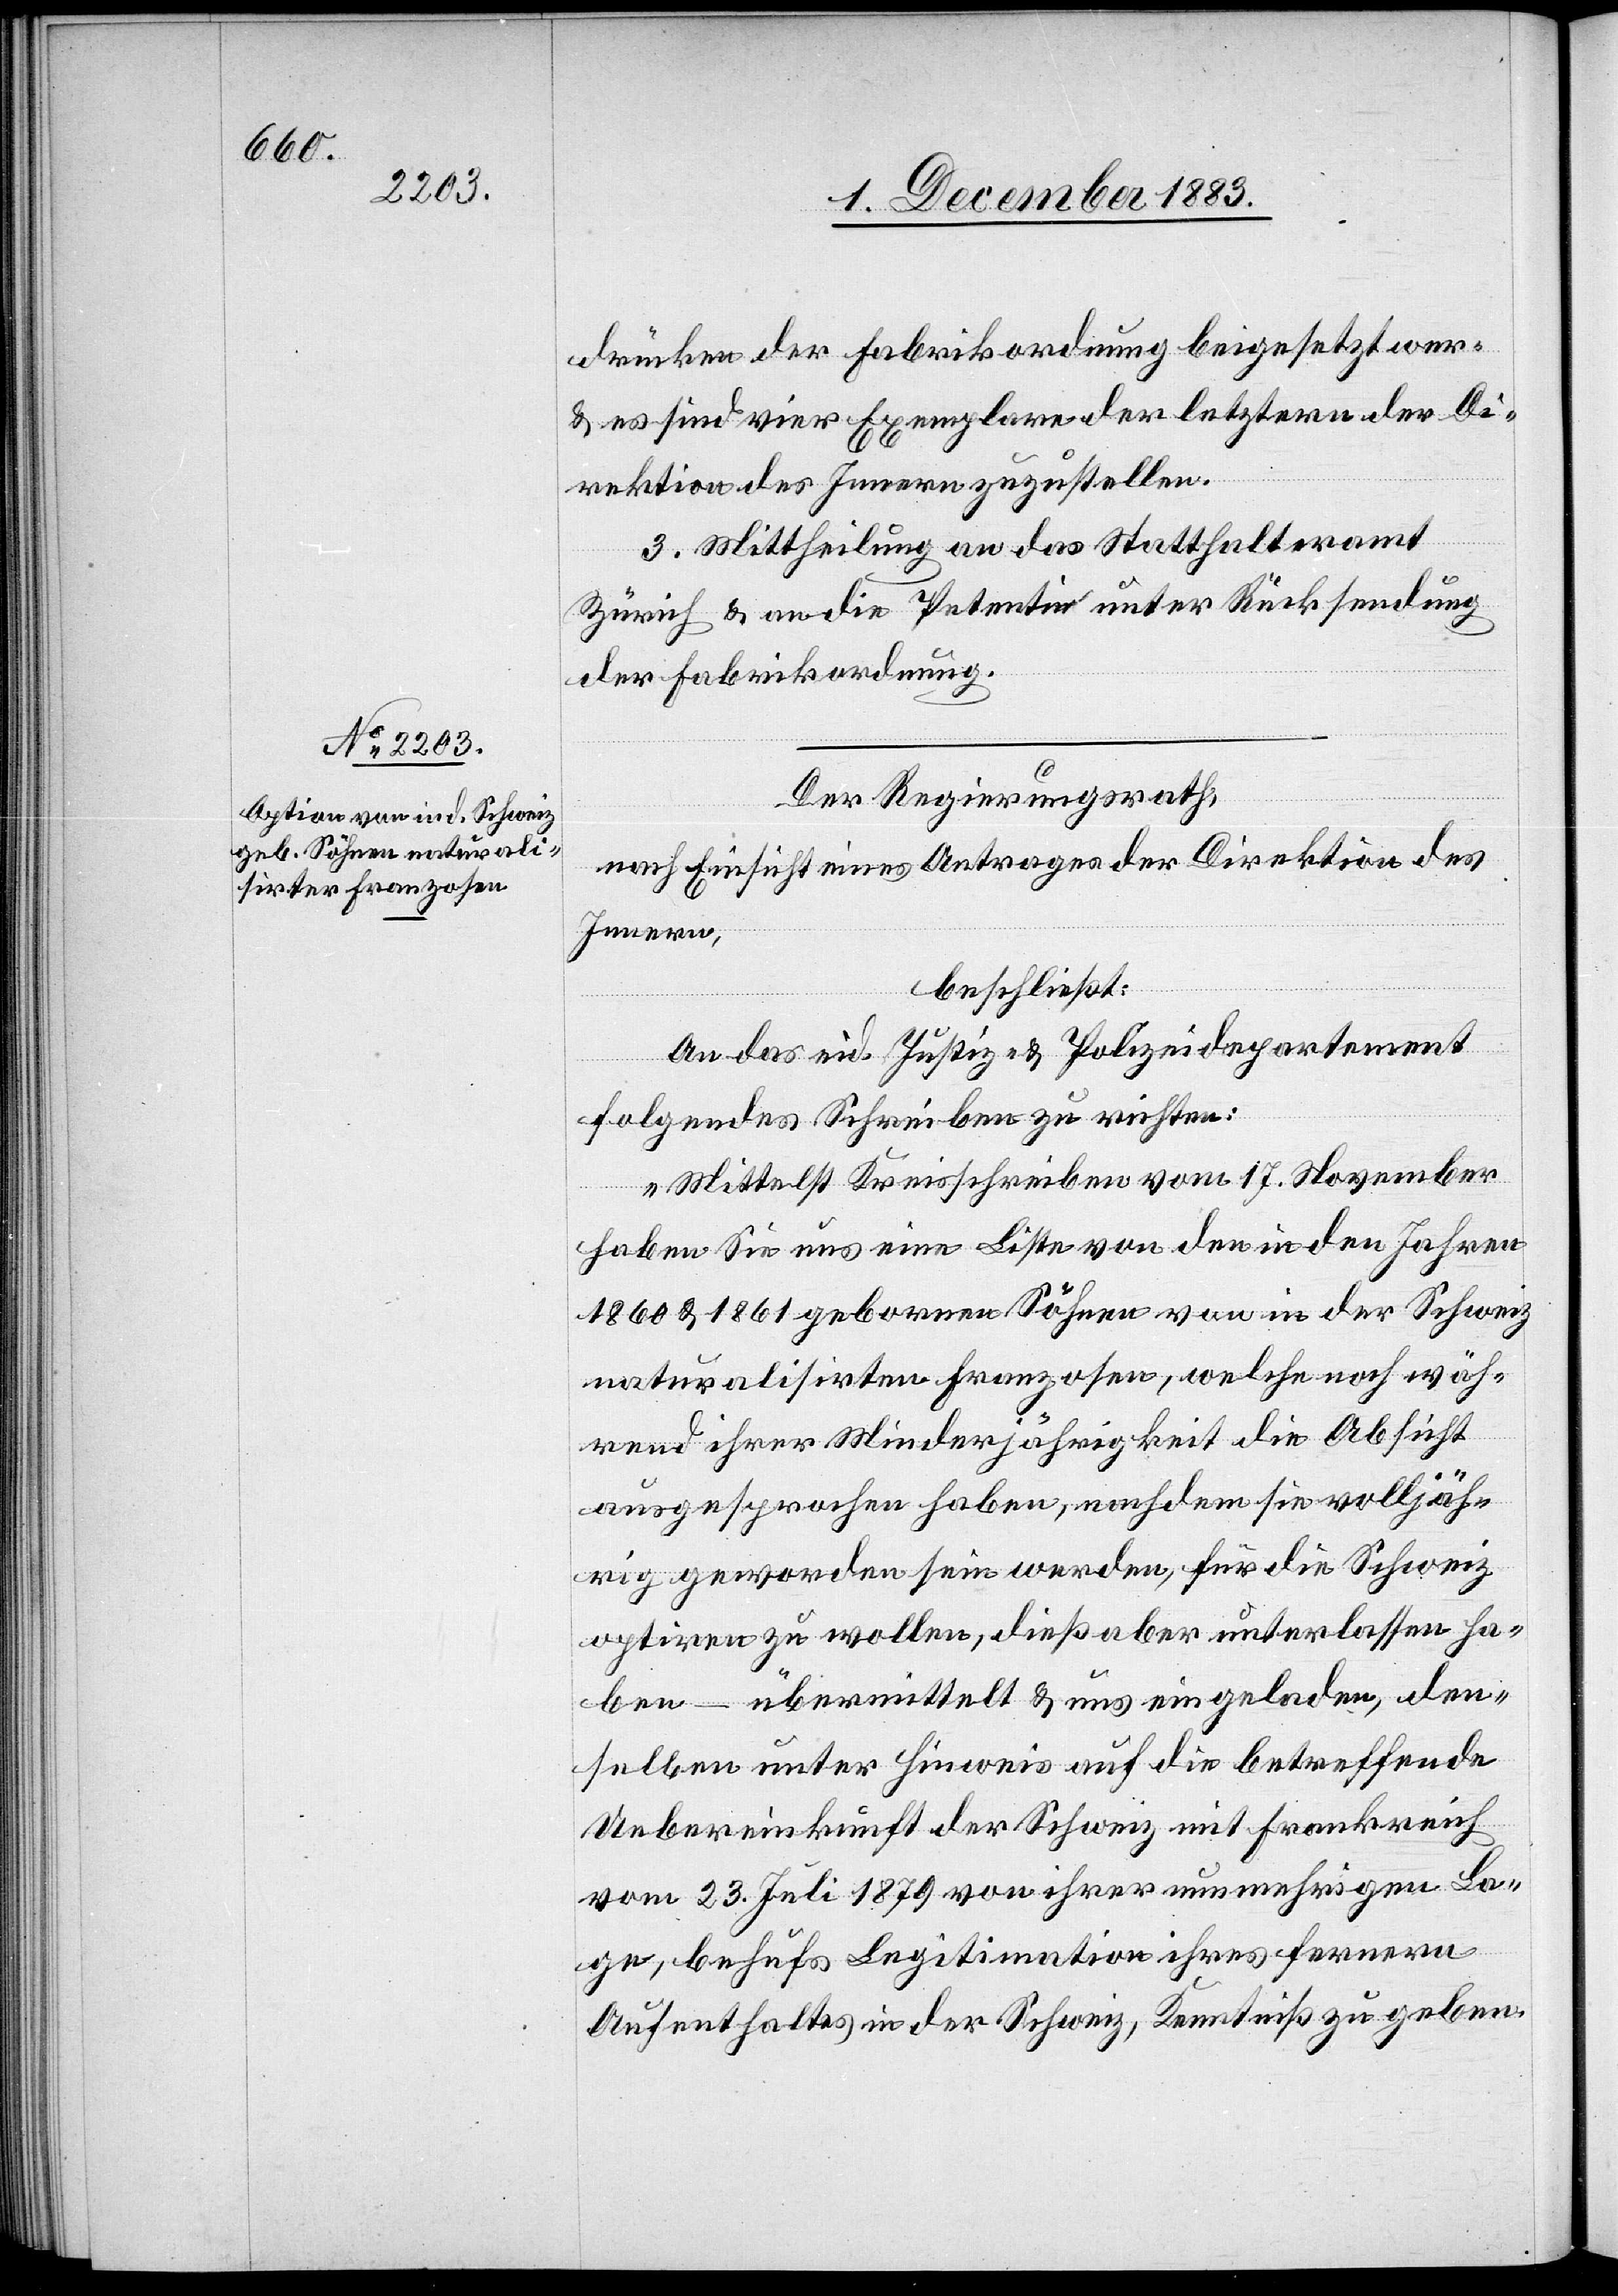
drücken der Fabrikordnung beigesetzt wer[den]
& es sind vier Exemplare der letztern der Di¬
rektion des Innern zuzustellen.
3. Mittheilung an das Statthalteramt
Zürich & an die Petentin unter Rücksendung
der Fabrikordnung.
Der Regierungsrath,
nach Einsicht eines Antrages der Direktion des
Innern,
beschließt:
An das eid. Justiz- & Polizeidirektion
folgendes Schreiben zu richten:
„Mittelst Kreisschreiben vom 17. November
haben sie uns eine Liste von den in den Jahren
1860 & 1861 gebornen Söhnen von in der Schweiz
naturalisirten Franzosen, welche noch wäh¬
rend ihrer Minderjährigkeit die Absicht
ausgesprochen haben, nachdem sie volljäh¬
rig geworden sein werden, für die Schweiz
optiren zu wollen, dieß aber unterlassen ha¬
ben – übermittelt & uns eingeladen, den¬
selben unter Hinweis auf die betreffende
Uebereinkunft der Schweiz mit Frankreich
vom 23. Juli 1879 von ihrer nunmehrige La¬
ge behufs Legitimation ihres fernern
Aufenthaltes in der Schweiz, Kenntniß zu geben.